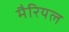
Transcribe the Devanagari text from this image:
मैरियल